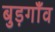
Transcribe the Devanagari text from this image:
बुड़गाँव